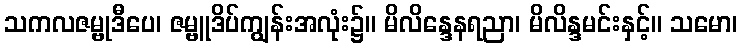
သကလဇမ္ဗုဒီပေ၊ ဇမ္ဗူဒိပ်ကျွန်းအလုံး၌။ မိလိန္ဒေနရညာ၊ မိလိန္ဒမင်းနှင့်။ သမော၊